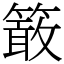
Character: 𥴊